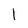
Character: 1